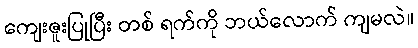
ကျေးဇူးပြုပြီး တစ် ရက်ကို ဘယ်လောက် ကျမလဲ။